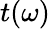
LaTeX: t(\omega)